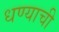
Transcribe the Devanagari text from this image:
धण्याची